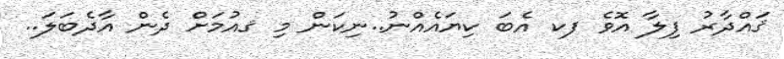
ޤައްދާރު ފިލާ އޮވެ ފކ އެބަ ކިޔައެއްނު..ނިކަން މި ޤއުމަށް ދެން އާދެބަލަ..